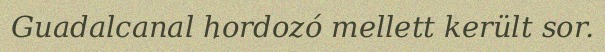
Guadalcanal hordozó mellett került sor.